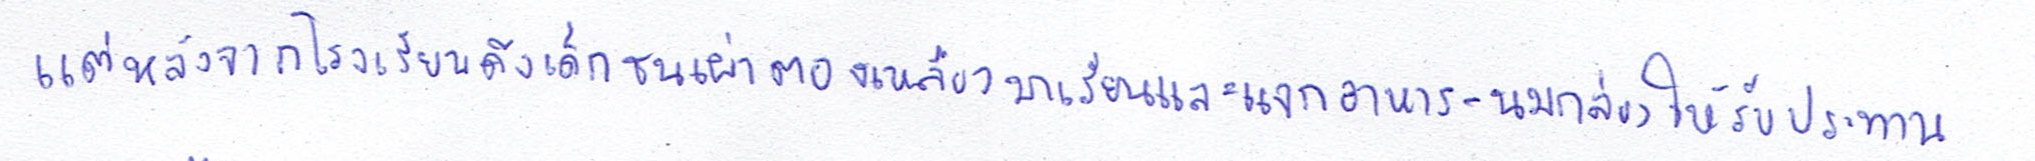
แต่หลังจากโรงเรียนดึงเด็กชนเผ่าตองเหลืองมาเรียนและแจกอาหาร-นมกล่องให้รับประทาน